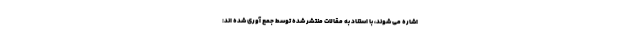
اشاره می شوند، با استناد به مقالات منتشر شده توسط جمع آوری شده اند: